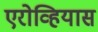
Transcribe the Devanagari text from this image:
एरोव्हियास